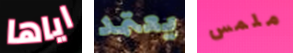
اياها يعتمد ملمس